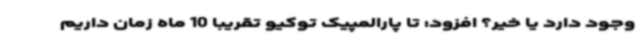
وجود دارد یا خیر؟ افزود: تا پارالمپیک توکیو تقریبا 10 ماه زمان داریم